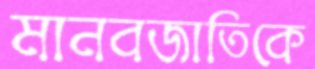
মানবজাতিকে